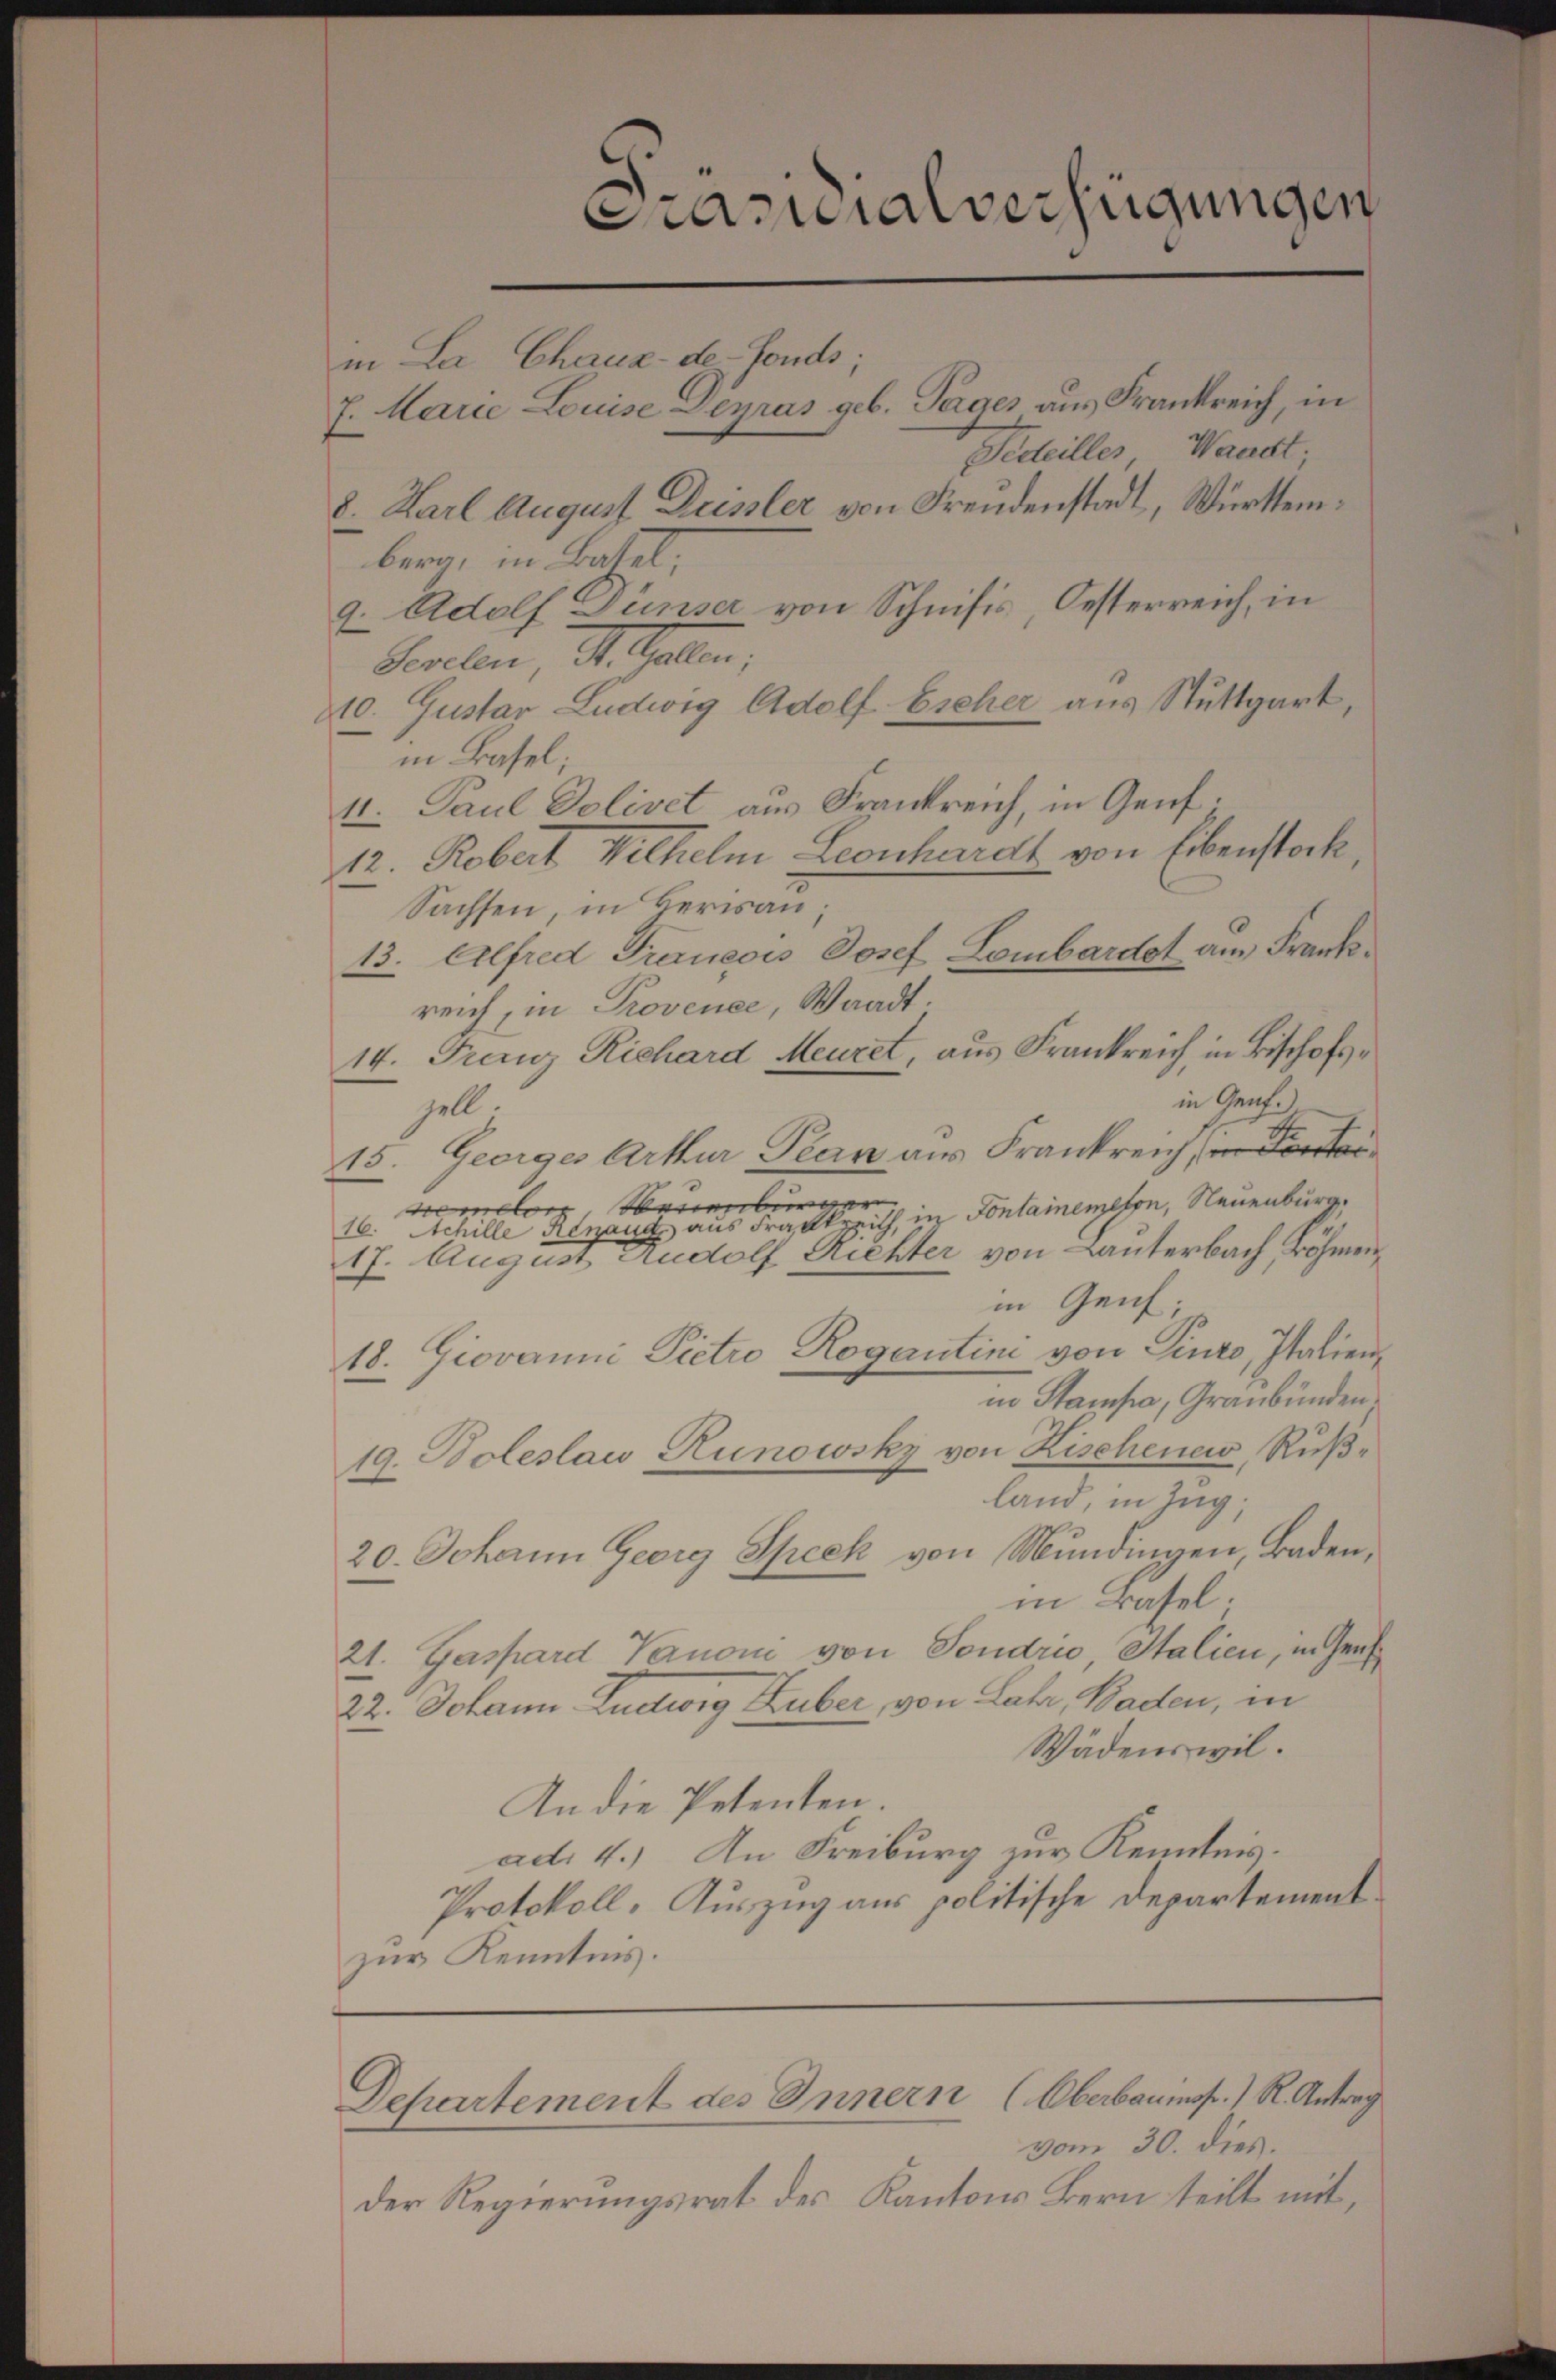
Präsidialverfügungen
in La Chaux-de-Fonds;
7. Marie Louise Degras geb. Tages aus Frankreich, in
Fideilles Waadt;
8. Karl August Deissler von Freudenstadt, Württem¬

berg, in Batel;
9. Adolf Junser von Schnisis, Oesterreich, in
Seilen St. Gallen;
10. Gustav Ludwig Adolf Escher aus Stuttgart,
in Basel;
4. Paul Dolivet aus Frankreich, in Genf.
12. Robert Wilhelm, Leonhardt von Eibenstock
Sachsen, in Herisan¬
13. Alfred Traneois Josef Lombardo am Frankreich, in Provence, Waadt.
14. Franz Richard Meuret, aus Frankreich, in Bischofsin Grenzell
15. Georges Arthur, Pean aus Frankreich, in Fonte
dmelon Neuenburger
16. Achille Renaue aus Frankreith, in Fontainemefen, Neuenburg,
17. August Rudolf Richter von Lanterbach Böhmen,
in Genf;
18. Giovanni Pietro Rogantini von Pinro, Italien,
in Stampe, Graubünden.
19. Boleslau Runowsky von Kischenew, Rußland, in Zug.
20. Johann Georg Speck von Mundingen, Baden,
in Basel.
21. Gaspard Vanoni von Sondrio, Italien, in Geis
22. Johann Ludwig Huber, von Lata, Baden, in
Wädenswil.
An die Petenten.
ad. 4.) An Freiburg zur Kenntnis.
Protokoll. Auszug aus politische Departementzur Kenntnis.

Departement des Innern (Oberbaumsfr. ) R. Antrag
vom 30. dies.

Der Regierungsrat des Kantons Bern teilt mit